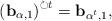
LaTeX: \begin{align*} {(\mathbf{b}_{\alpha,1})}^{\circlearrowright t}=\mathbf{b}_{\alpha^t,1}, \end{align*}